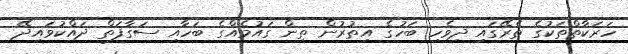
ހަރަކާތްތަކުގެ ތެރޭގައި ދިވެހި ބަހުގެ އިތުރުން ތިން ގައުމެއްގެ ބަހާއި ސަގާފަތް ދައްކުވައިދޭ